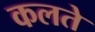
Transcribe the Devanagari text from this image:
कलते